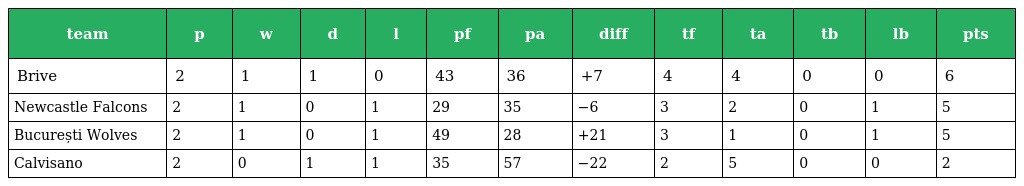
| team | p | w | d | l | pf | pa | diff | tf | ta | tb | lb | pts |
 | --- | --- | --- | --- | --- | --- | --- | --- | --- | --- | --- | --- | --- |
 | Brive | 2 | 1 | 1 | 0 | 43 | 36 | +7 | 4 | 4 | 0 | 0 | 6 |
 | Newcastle Falcons | 2 | 1 | 0 | 1 | 29 | 35 | −6 | 3 | 2 | 0 | 1 | 5 |
 | București Wolves | 2 | 1 | 0 | 1 | 49 | 28 | +21 | 3 | 1 | 0 | 1 | 5 |
 | Calvisano | 2 | 0 | 1 | 1 | 35 | 57 | −22 | 2 | 5 | 0 | 0 | 2 |